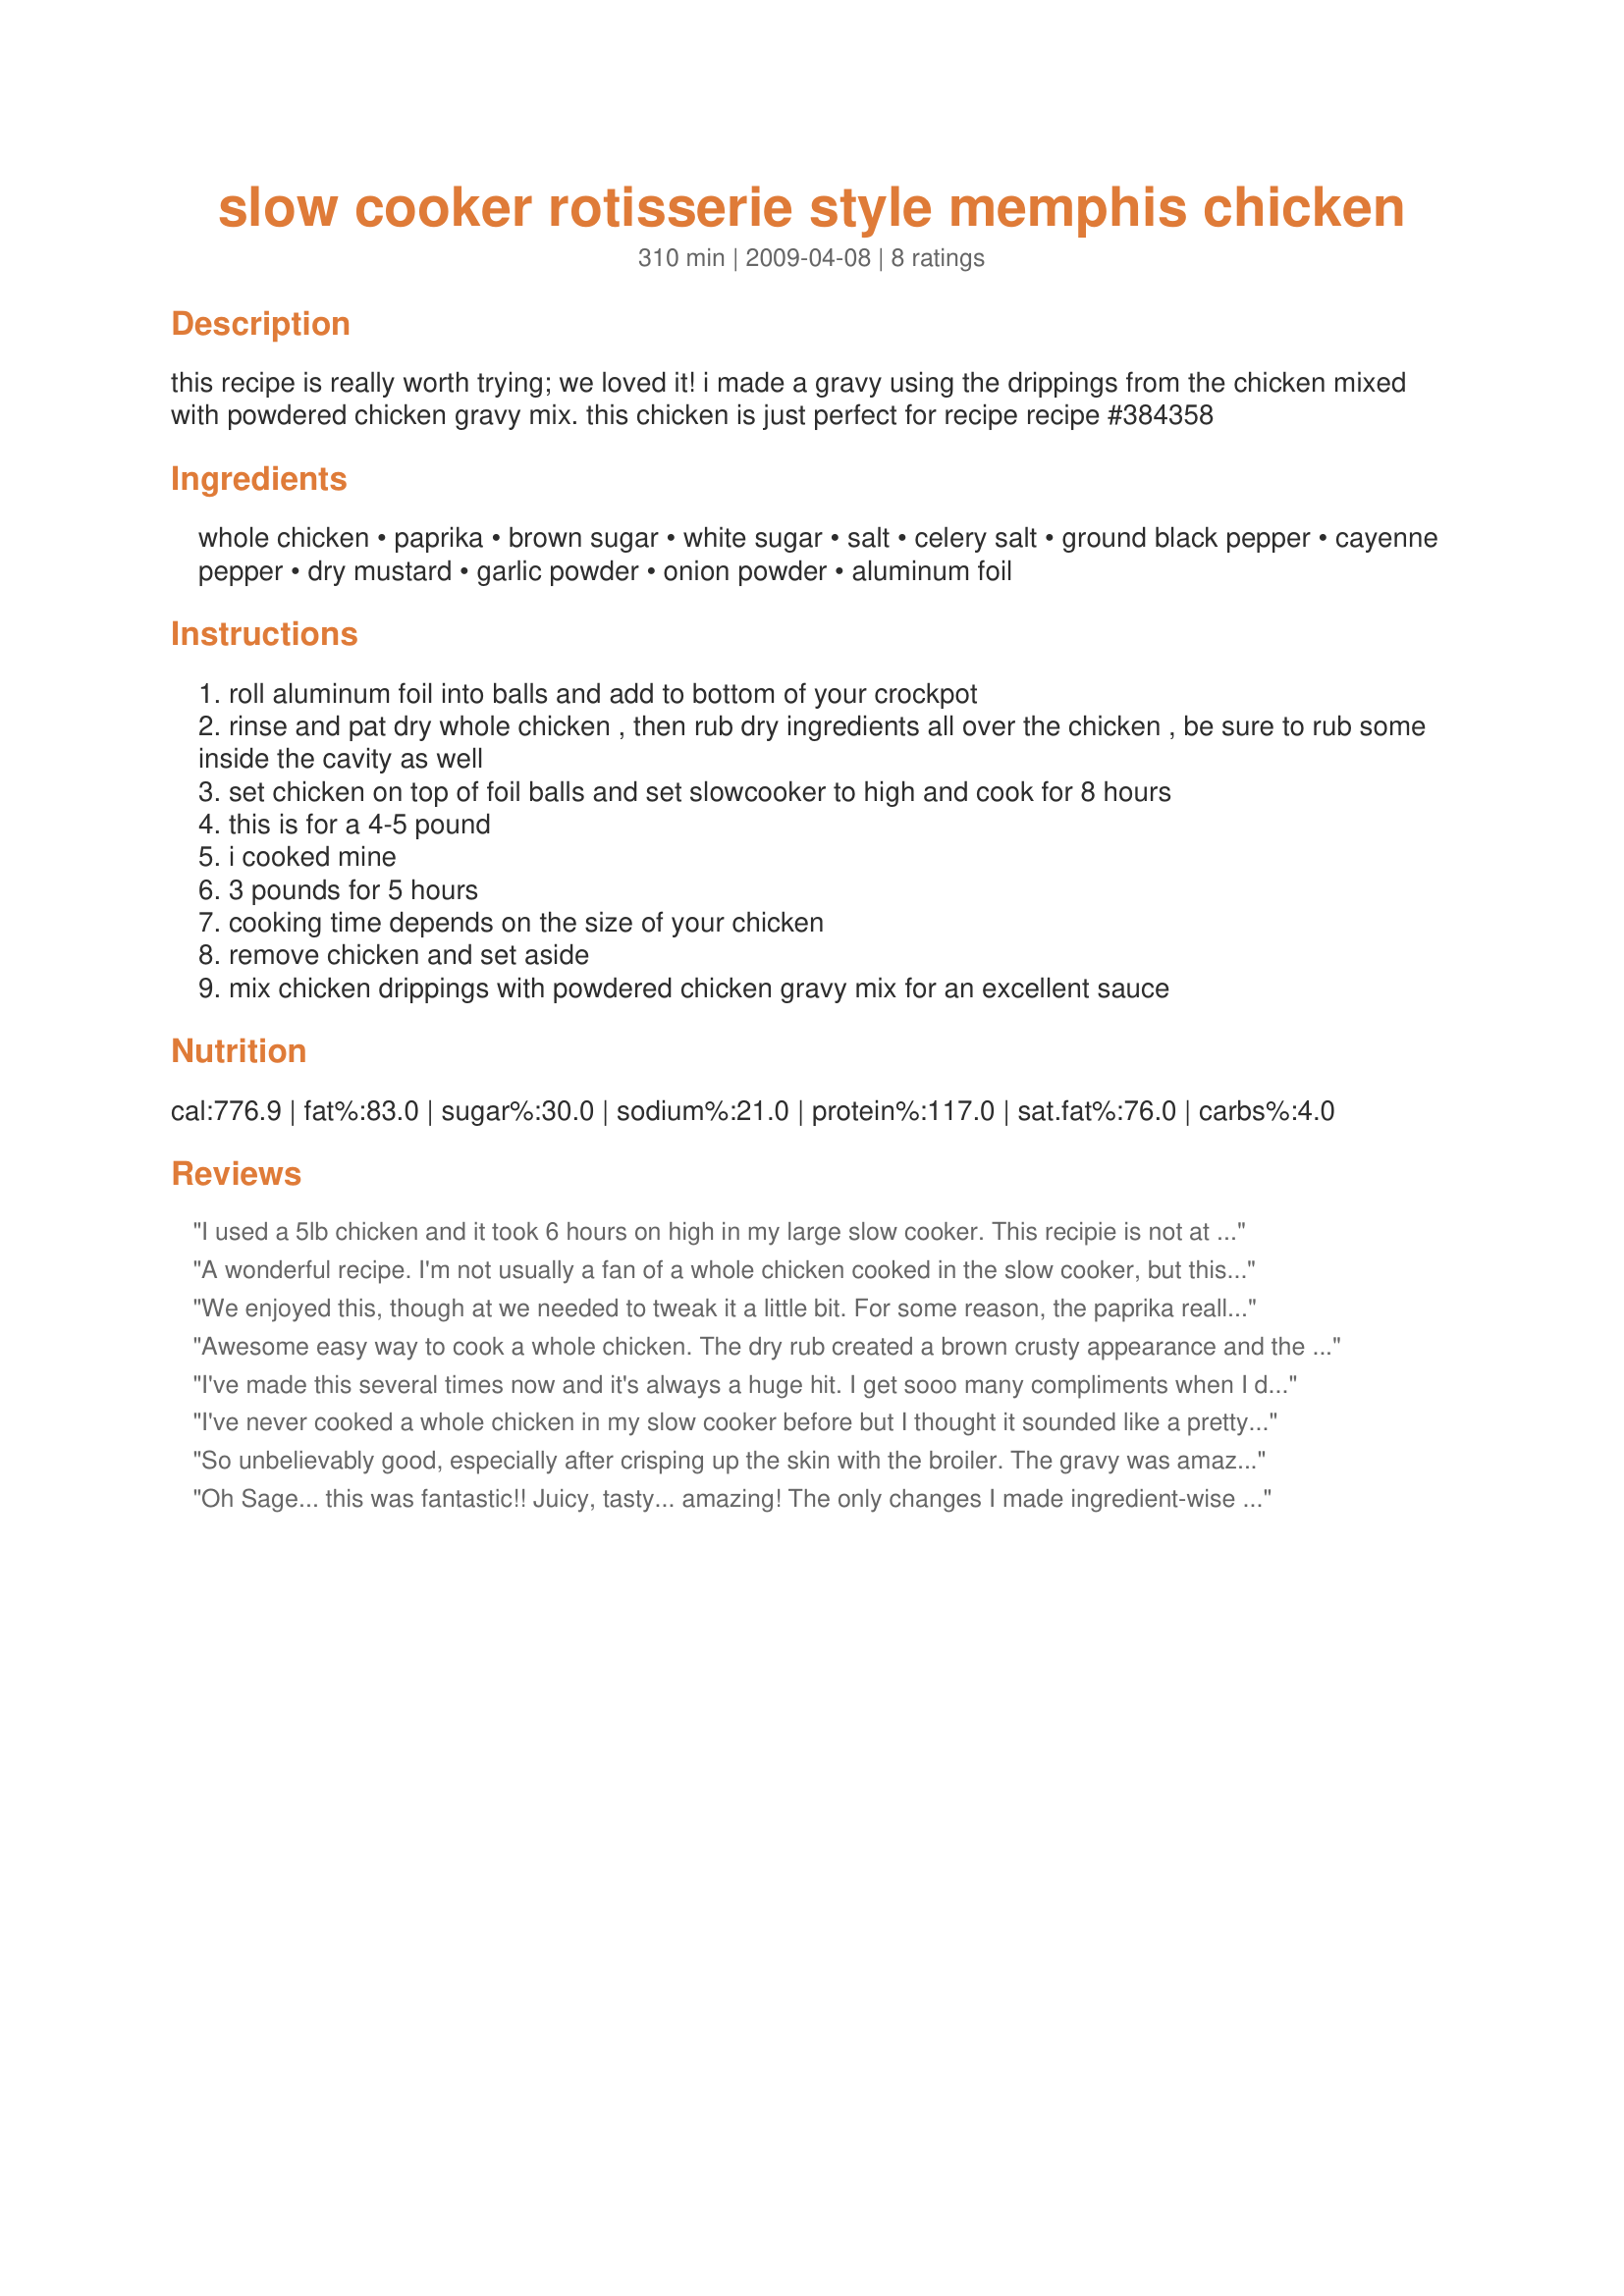
slow cooker rotisserie style memphis chicken
Preparation time: 310 minutes

this recipe is really worth trying; we loved it!
i made a gravy using the drippings from the chicken mixed with powdered chicken gravy mix.
this chicken is just perfect for recipe recipe #384358

Ingredients:
whole chicken, paprika, brown sugar, white sugar, salt, celery salt, ground black pepper, cayenne pepper, dry mustard, garlic powder, onion powder, aluminum foil

Steps:
roll aluminum foil into balls and add to bottom of your crockpot
rinse and pat dry whole chicken , then rub dry ingredients all over the chicken , be sure to rub some inside the cavity as well
set chicken on top of foil balls and set slowcooker to high and cook for 8 hours
this is for a 4-5 pound
i cooked mine
3 pounds for 5 hours
cooking time depends on the size of your chicken
remove chicken and set aside
mix chicken drippings with powdered chicken gravy mix for an excellent sauce

Reviews:
I used a 5lb chicken and it took 6 hours on high in my large slow cooker. This recipie is not at all spicy so next time I will add more cayanne pepper and maybe some whole garlic cloves to the inside. It perfectly fell off the bone!
A wonderful recipe. I'm not usually a fan of a whole chicken cooked in the slow cooker, but this is amazing!! Unbelievably moist and delicious.
We enjoyed this, though at we needed to tweak it a little bit. For some reason, the paprika really powered through the other seasonings, so we adjusted everything to taste. I made a gravy with the drippings by adding a little chicken stock, soy sauce, Worcestershire, pepper, and garlic powder, thickened with mashed potato flakes, and DH decided it was perfect with the gravy poured over the top. Thanks for posting, we'll behaving this again.
Awesome easy way to cook a whole chicken. The dry rub created a brown crusty appearance and the aroma was divine! I followed the rub exactly, except I removed most of the chicken skin first, then rinsed and dried the bird. I added 1/2 an onion and a handfull of fresh parsley and cilantro (had on hand!) that I stuffed into the cavity. I have a new crockpot with a temperature probe and it cooked the 5.5 lb chicken in about 5 hours. Terrific gravy, juicy tender chicken. Thanks for this winner!
I've made this several times now and it's always a huge hit. I get sooo many compliments when I do this for company. Sometimes I crisp the skin in the oven before serving...I find the cooking time too long though so I cut that down. It's moist and falls off the bone and makes a very flavorful gravy. Thanks for sharing!
I've never cooked a whole chicken in my slow cooker before but I thought it sounded like a pretty cool idea so I gave it a try. I had a 4 pound chicken and after 4 hours it was dry so you really need to watch your cooking times as they will vary depending on your cooker. This is definitely not a meal to turn on before work to have a home cooked meal when you return that evening as it really does need to be watched. We thought that the paprika really overpowered here so the rub for my family was not a favorite.
So unbelievably good, especially after crisping up the skin with the broiler. The gravy was amazing, too. Just add some flour and boil.
Oh Sage... this was fantastic!! Juicy, tasty... amazing! The only changes I made ingredient-wise was to omit the salt, and used chili powder in place of the cayenne, as we don't care for it. Lots of juice, plenty to make gravy. I also cooked it for about 2 hours on low, then in high for about 2 hours, then to low to finish, about another hour and a half. Thanks so much for posting! I'll be making this again and again.
